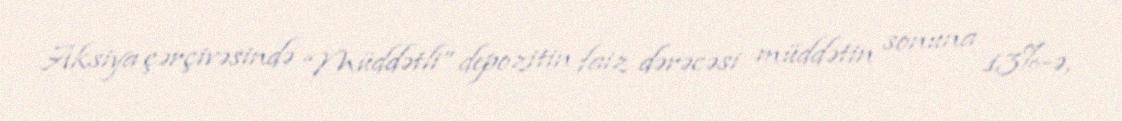
Aksiya çərçivəsində “Müddətli” depozitin faiz dərəcəsi müddətin sonuna 13%-ə,